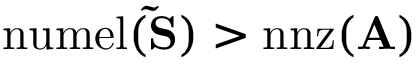
\mathrm { n u m e l } ( \mathbf { \tilde { S } } ) > \mathrm { n n z } ( \mathbf { A } )